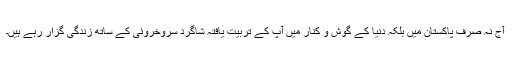
آج نہ صرف پاکستان میں بلکہ دنیا کے گوش و کنار میں آپ کے تربیت یافتہ شاگرد سروخروئی کے ساتھ زندگی گزار رہے ہیں۔